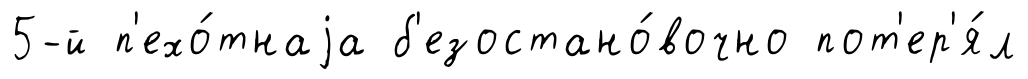
5-й п'ехо́тнаjа б'езостано́вочно пот'ер'я́л